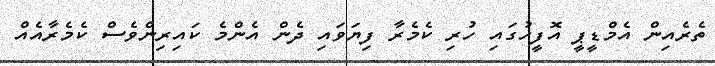
ތެރެއިން އެމްޑީޕީ އޮފީހުގައި ހުރި ކެމެރާ ފިޔަވައި ދެން އެންމެ ކައިރިންވެސް ކެމެރާއެއް